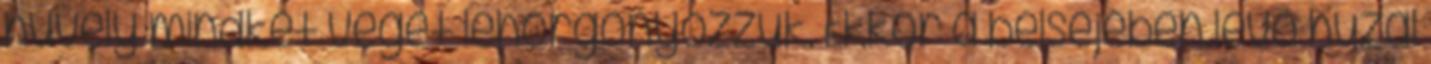
hüvely mindkét végét lehorgonyozzuk. Ekkor a belsejében lévő huzal